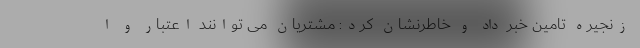
زنجیره تامین خبر داد و خاطرنشان کرد: مشتریان می توانند اعتبار و ا